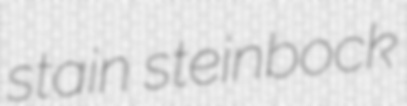
stain steinbock